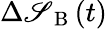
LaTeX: \Delta\mathscr{S}_{\mathrm{{~B~}}}(t)